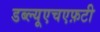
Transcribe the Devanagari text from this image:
डब्ल्यूएचएफ़टी